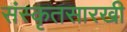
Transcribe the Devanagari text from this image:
संस्कृतसारखी